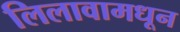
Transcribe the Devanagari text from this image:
लिलावामधून